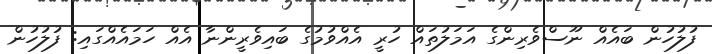
ފުލުހުން ބައެއް ނޫސްވެރިންގެ އަމަލުތައް ހުރީ އެއްވުމުގެ ބައިވެރީންނާ އެއް ހަމައެއްގައި: ފުލުހުން